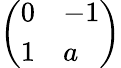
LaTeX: \left(\begin{array}{ll}{0}&{-1}\\ {1}&{a}\end{array}\right)